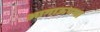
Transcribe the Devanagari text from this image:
आगाऊपणा